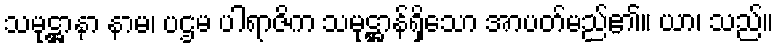
သမုဋ္ဌာနာ နာမ၊ ပဌမ ပါရာဇိက သမုဋ္ဌာန်ရှိသော အာပတ်မည်၏။ ယာ၊ သည်။